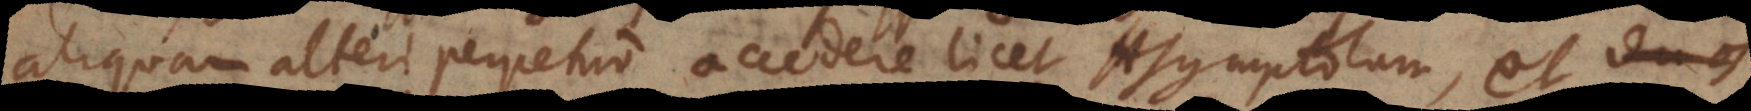
aliquam alteri perpetuo accedere licet Asymptotam, et